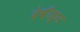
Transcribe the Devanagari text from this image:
देवीड्स